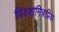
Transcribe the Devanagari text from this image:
विश्वामित्रप्रियः